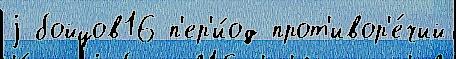
j бойцов16 п'ер'и́од прот'ивор'е́чий